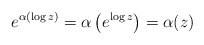
\begin{align*} e^{ \alpha\left(\log z \right)} = \alpha\left( e^{\log z} \right) = \alpha(z) \end{align*}